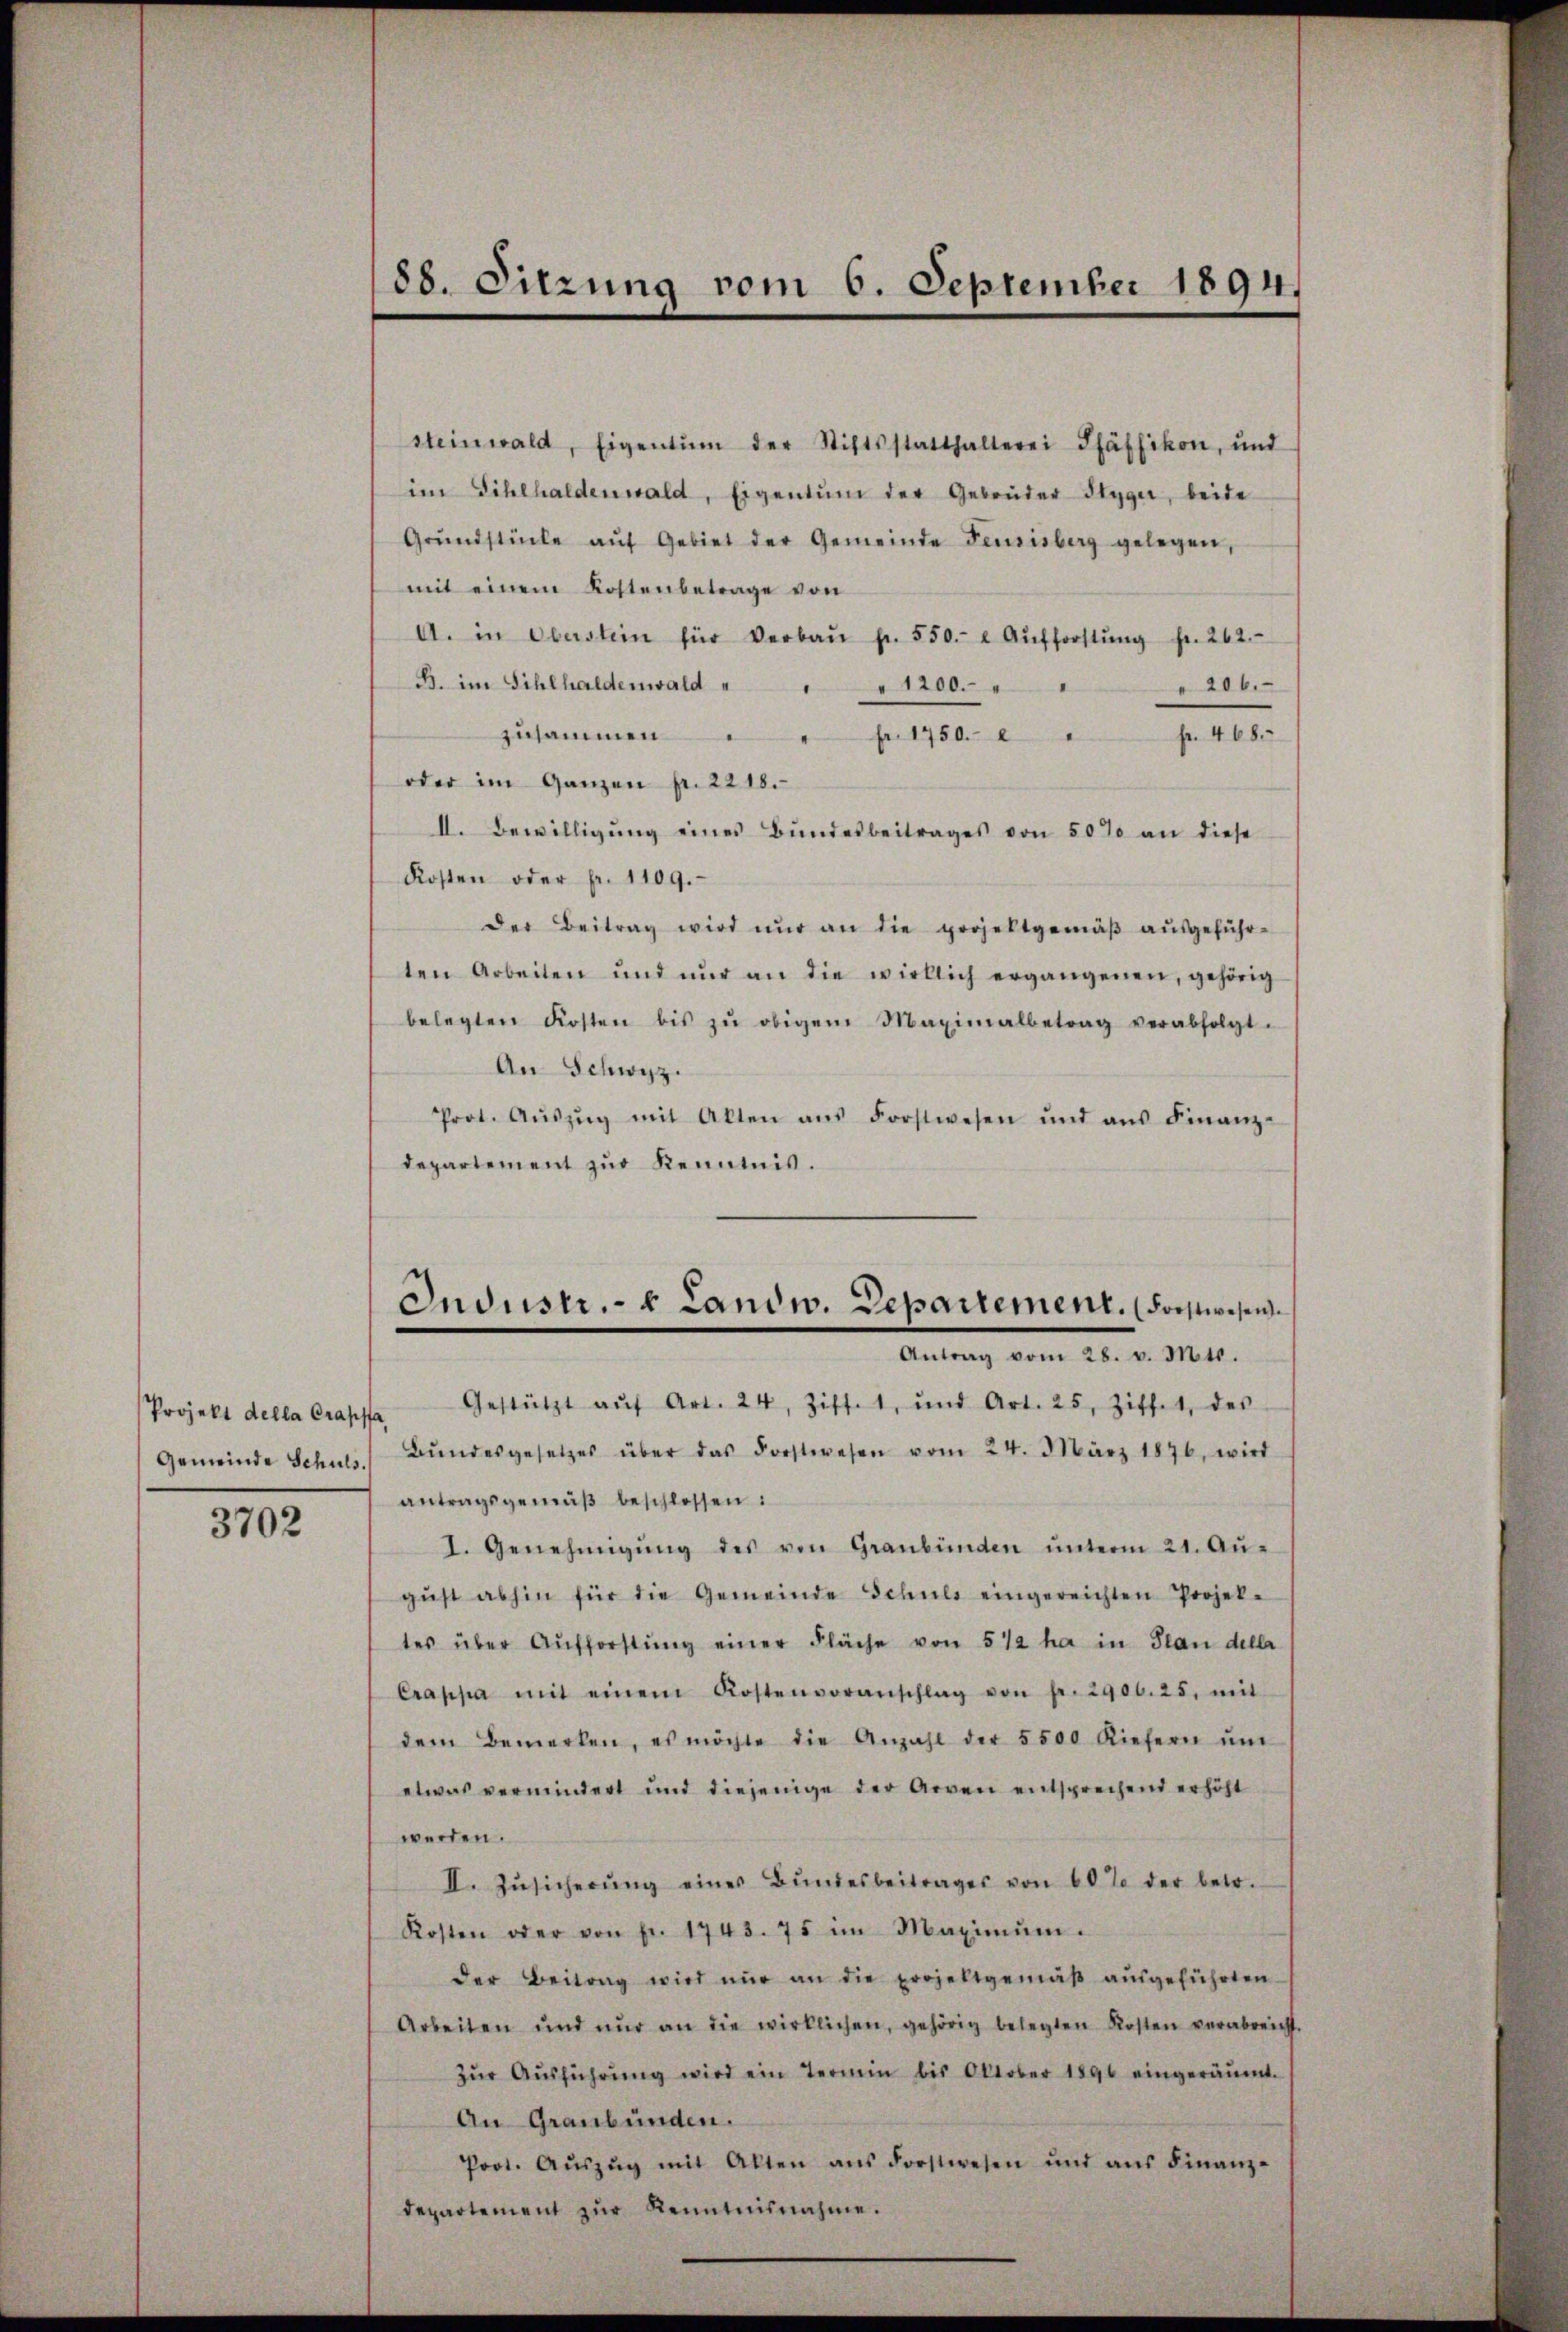
Gemeinde Schuls.

3702

steinwald, Eigentum der Stiftsstatthalterei Pfäffikon, und
im Sihlhaldenwald, Eigentum der Gebrüder Styger, beide
Grŭndstücke aŭf Gebiet der Gemeinde Feusisberg gelegen,
mit einem Kostenbetrage von
A. in Oberstein für Verbaŭ p. 550. u Aŭfforstŭng fr. 262.
B. im Sihlhaldenwald
" 206.
" " 1200.
Fr. 468.
zusammen . . fr. 1750. 2
oder im Ganzen pr. 2218.
II. Bewilligung eines Bundesbeitrages von 50% an diese
Kosten oder Fr. 1109.
Der Beitrag wird nŭr an die projektgemäβ aŭsgeführ-
ten Arbeiten und nur an die wirklich ergangenen, gehörig
belegten Kosten bis zŭ obigem Maximalbetrag verabfolgt.
An Schwyz.
Prot. Aŭszŭg mit Alten ans Forstwesen und aŭs Finanz-
departement zur Kenntnis.
Industr. v. Landw. Departement. (Forstwesen.
Antrag vom 28. v. Mts.
Projekt della Crapsa Gestützt aŭf Art. 24, Ziffet, und Art. 25, Ziffet, des
Bŭndesgesetzes über das Forstwesen vom 24. März 1876, wird
antragsgemäβ beschlossen:
I. Genehmigŭng des von Graubünden ŭnterm 21. Aŭ-
gŭst abhin für die Gemeinde Schuls eingereichten Projek-
tes über Aŭfforstŭng einer Fläche von 512 ha in Plan della
Crappa mit einem Kostenvoranschlag von fr. 2900. 25, mit
dem Bemerken, es möchte die Anzahl der 5500 Kiefern ŭm
etwas vermindert und diejenige der Arven entsprechend erhöht
werden.
II. Zŭsicherŭng eines Bŭndesbeitrages von 60% der betr.
Kosten oder von fr. 1743. 75 im Maximŭm.
der Beitrag wird nur an die projeltgemäβ aŭsgeführten
Arbeiten und nŭr an die wirklichen, gehörig belegten Kosten verabreicht.
zŭr Aŭsführŭng wird ein Termin bis Oktober 1890 eingeräumt.
An Graubünden.
Prot. Aŭszŭg mit Akten ans Forstwesen und aŭs Finanz-
departement zur Kenntnisnahme.

188. Sitzung vom 6. September 1894.